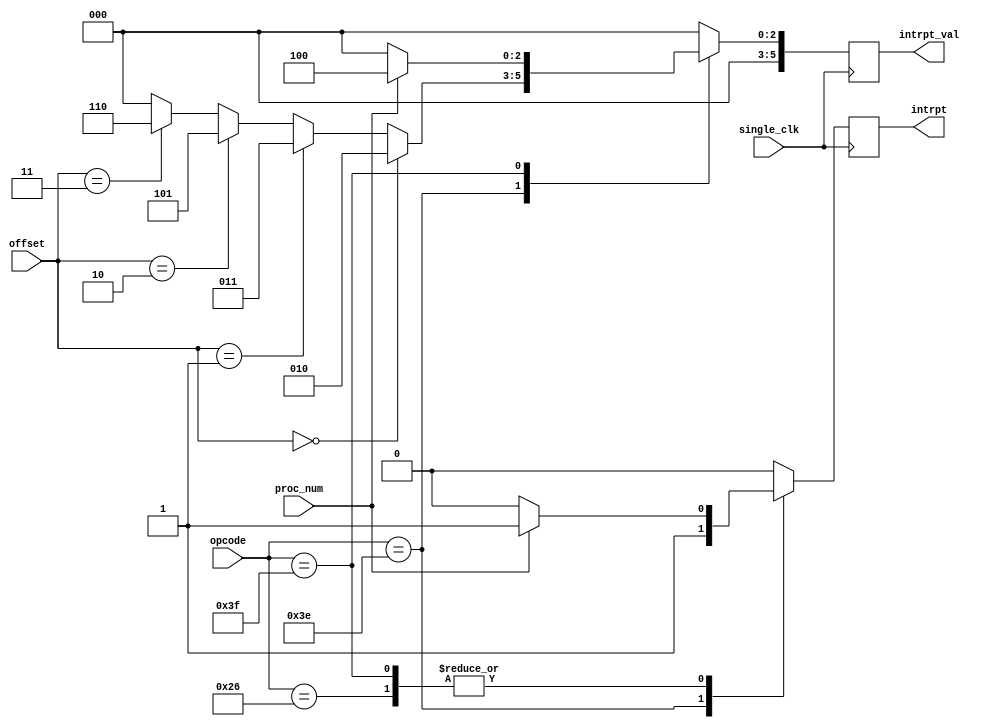

module Interruption_trigger
#(
	parameter QUANTUM = 256, // 0 -> 9 = 10
	parameter DEFAULT_WIDTH = 6,
	parameter TIMER_WIDTH = 5,
	parameter OFFSET_WIDTH = 16 
)
(
	input [(DEFAULT_WIDTH -1):0] offset,
	input proc_num, single_clk,
	input [(DEFAULT_WIDTH-1):0] opcode,
	output reg [(DEFAULT_WIDTH -1):0] intrpt_val, 
	output reg intrpt
);
	reg [(TIMER_WIDTH -1):0] timer;

	always @ ( posedge single_clk )
	begin
		case( opcode )
			// SWAP_PROCESS
			6'b100110:
			begin
				timer = 1'b0;
				intrpt = ( proc_num == 1'b0 ) ? 1'b0 : 1'b1;
				intrpt_val = 6'b000000;
			end
			// SYSCALL
			6'b111110:
			begin
				timer = 1'b0;
				intrpt = 1'b1;
				if( offset == 6'b000000 ) // syscall 0, reg[28] = 2, input
					intrpt_val = 6'b000010;
				else if( offset == 6'b000001 ) // syscall 1, reg[28] = 3, output
					intrpt_val = 6'b000011;
				else if( offset == 6'b000010 ) // syscall 2, reg[28] = 5, uart input
					intrpt_val = 6'b000101;
				else if( offset == 6'b000011 ) // syscall 3, reg[28] = 6, uart output
					intrpt_val = 6'b000110;
				else
					intrpt_val = 6'b000000;
			end
			// END_PROGRAM
			6'b111111:
			begin
				timer = 1'b0;
				intrpt = ( proc_num == 1'b0 ) ? 1'b0 : 1'b1;
				intrpt_val = ( proc_num == 1'b0 ) ? 6'b000000 : 6'b000100;
			end
			default:
			begin
				timer = ( timer == QUANTUM ) ? 1'b0 : timer + 1'b1;
				intrpt = ( timer == QUANTUM ) ? ( proc_num == 1'b0 ) ? 1'b0 : 1'b1 : 1'b0;
				intrpt_val = ( timer == QUANTUM ) ? ( proc_num == 1'b0 ) ? 6'b000000 : 6'b000001 : 6'b000000;
			end
		endcase
	end
	
endmodule